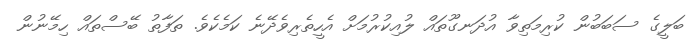
ބަލީގެ ސަބަބުން ކުރިމަތިވާ އުދަނގޫތައް ލުއިކުރުމަށް އެހީތެރިވެދޭނެ ކަމެކެވެ. ތަފާތު ބޭސްތައް ހިމޭނުން